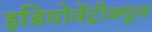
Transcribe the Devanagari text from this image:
इडियोवेंट्रीक्यूल